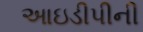
આઇડીપીની